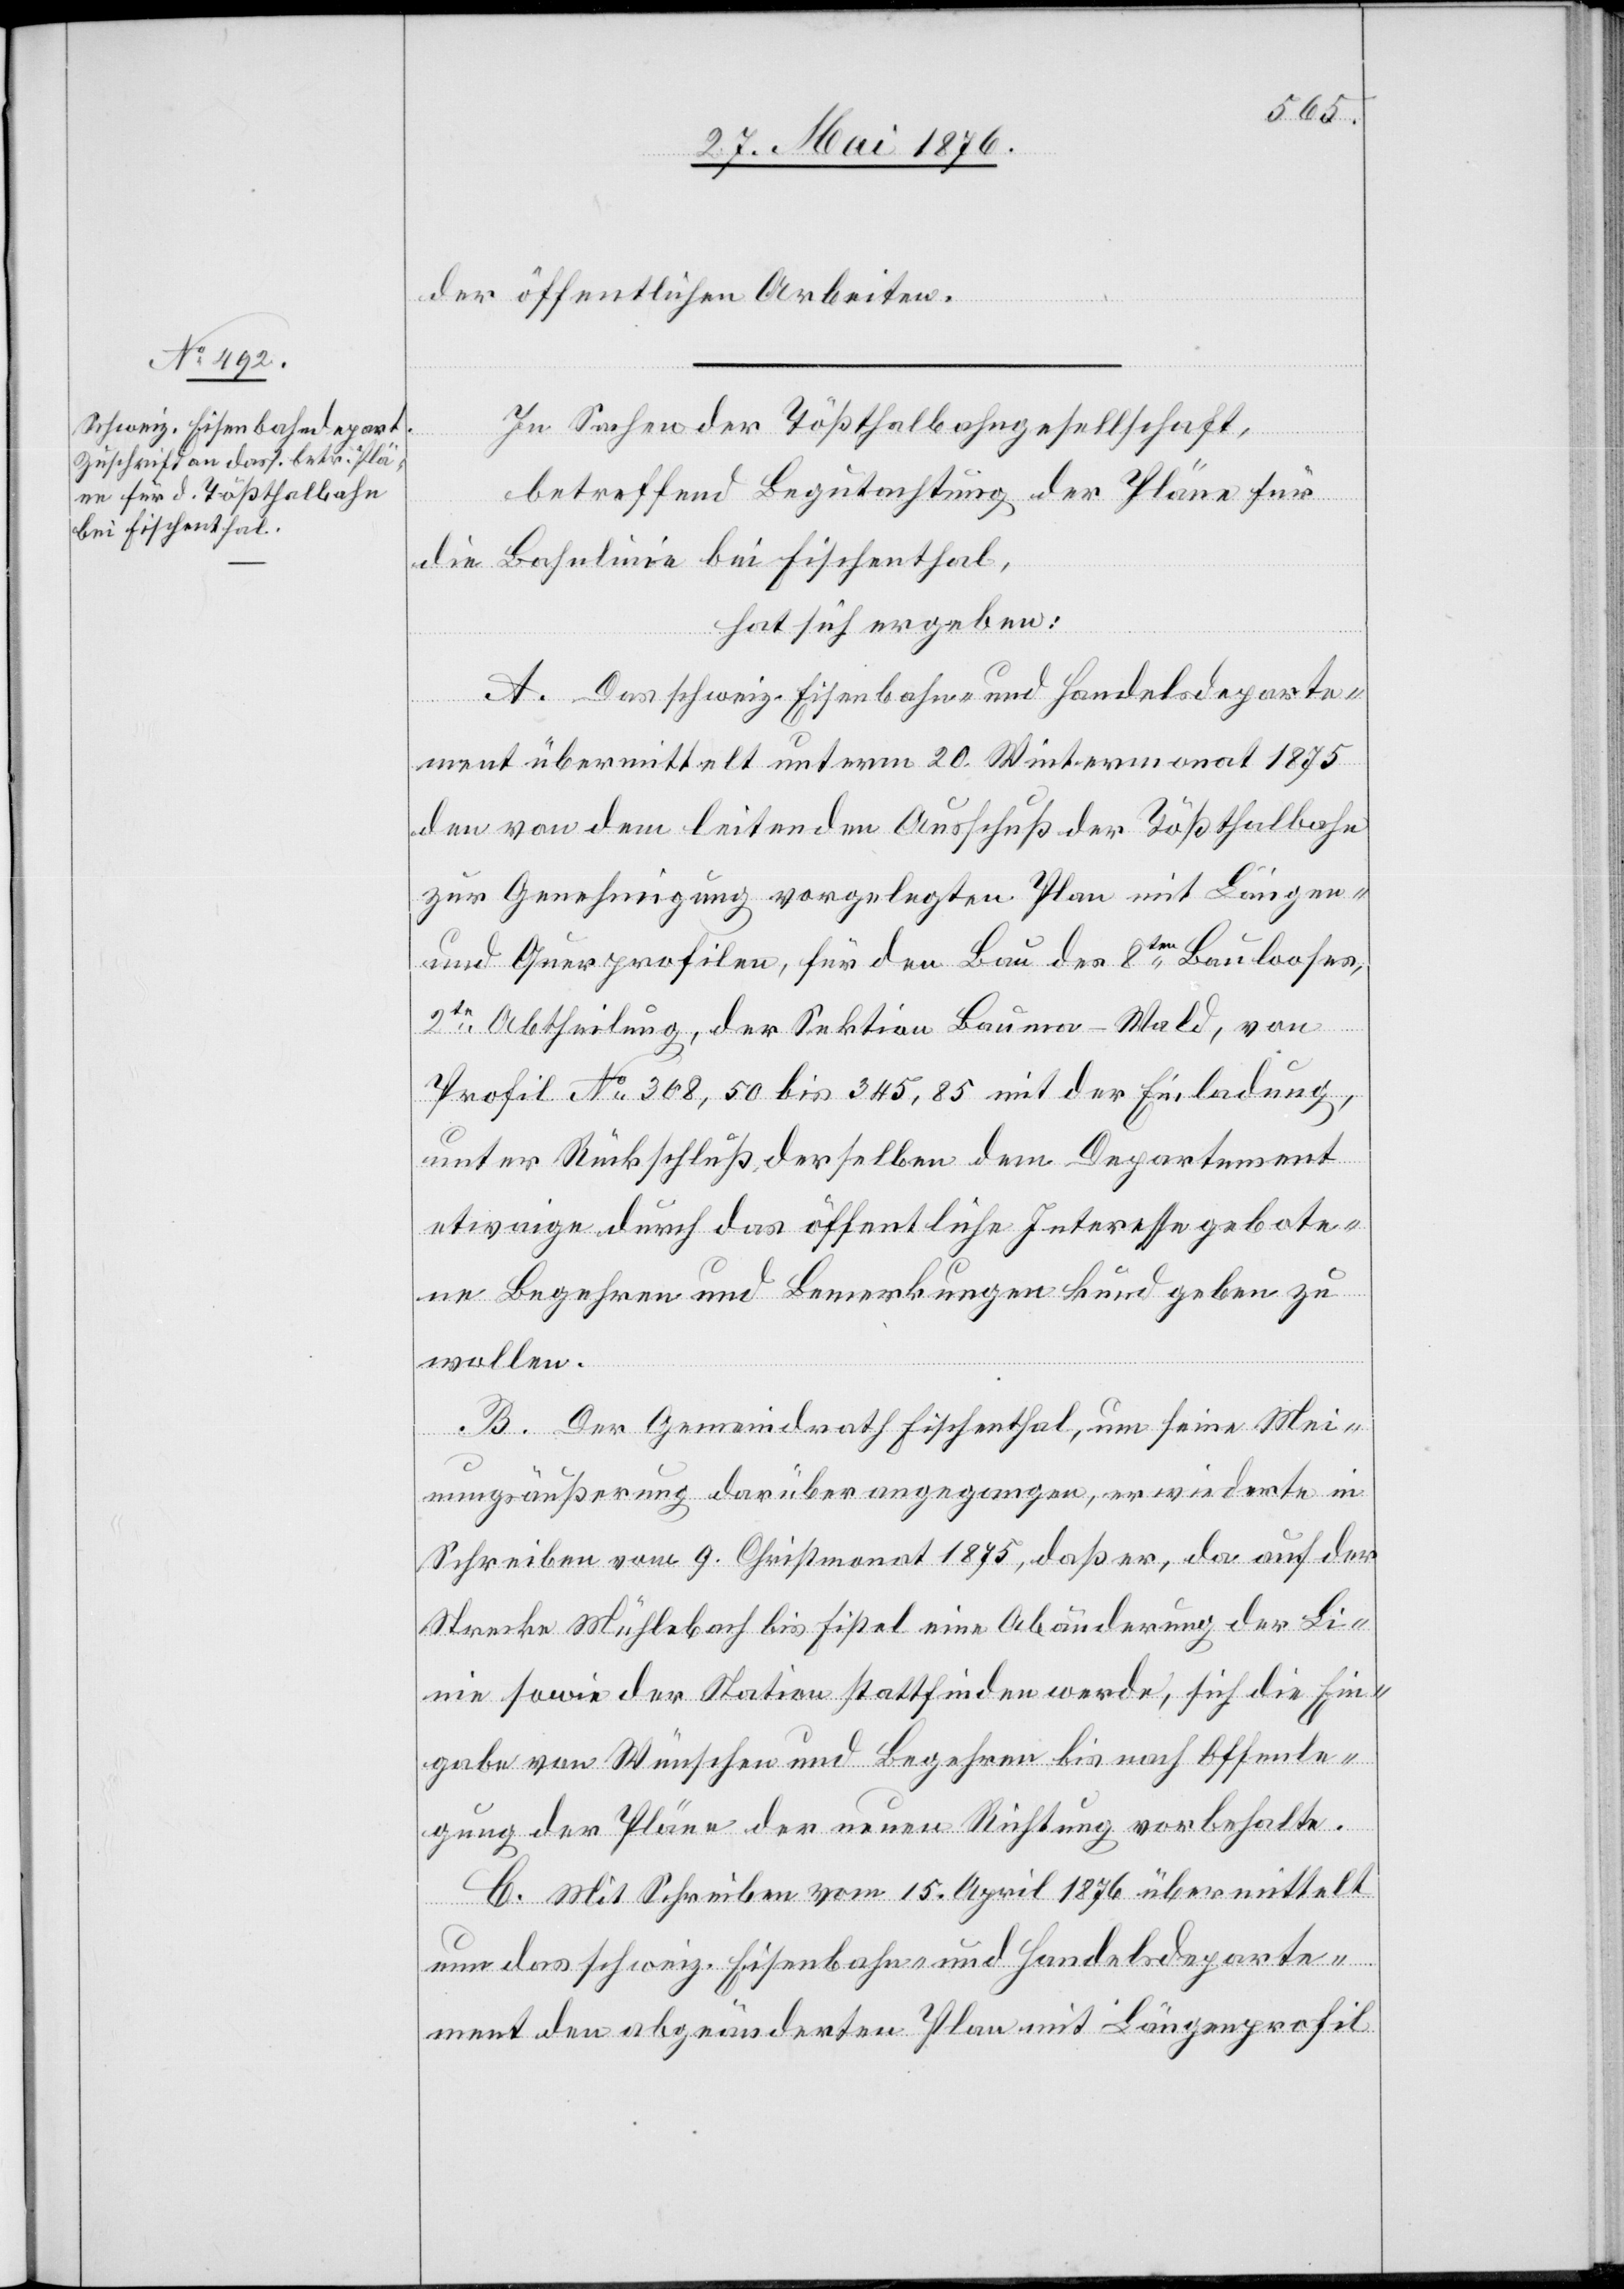
der öffentlichen Arbeiten.
In Sachen der Tößthalbahngesellschaft,
betreffend Begutachtung der Pläne für
die Bahnlinie bei Fischenthal,
hat sich ergeben:
A. Das schweiz. Eisenbahn- und Handelsdeparte¬
ment übermittelt unterm 20. Wintermonat 1875
den von dem leitenden Ausschuß der Tößthalbahn
zur Genehmigung vorgelegten Plan mit Längen-
und Querprofilen, für den Bau des 8ten Baulooses,
2re Abtheilung, der Sektion Bauma–Wald, von
Profil No 308,50 bis 345,85 mit der Einladung
unter Rückschluß derselben dem Departement
etwaige durch das öffentliche Interesse gebote¬
ne Begehren und Bemerkungen kund geben zu
wollen.
B. Der Gemeindrath Fischenthal, um seine Mei¬
nungsäußerung darüber angegangen, erwiederte in
Schreiben vom 9. Christmonat 1875, daß er, da auf der
Strecke Mühlebach bis Fißel eine Abänderung der Li¬
nie sowie der Station stattfinden werde, sich die Ein¬
gabe von Wünschen und Begehren bis nach Offenle¬
gung der Pläne der neuen Richtung vorbehalte.
C. Mit Schreiben vom 15. April 1876 übermittelt
nun das schweiz. Eisenbahn- und Handelsdeparte¬
ment den abgeänderten Plan mit Längenprofil